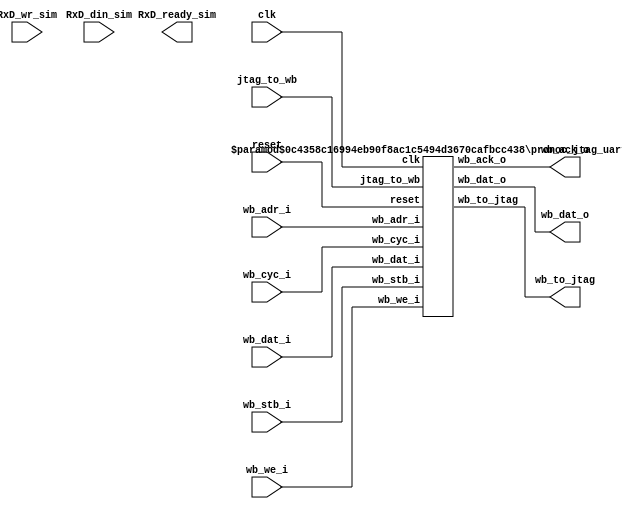
/**************************************
* Module: pronoc_jtag_uart
*
* Description: 
***************************************/


// synthesis translate_off
`timescale 1ns / 1ps
// synthesis translate_on



module  pronoc_jtag_uart #(
    //wb parameter 
    parameter Aw           =   1,
    parameter SELw         =   4,
    parameter TAGw         =   3,
    parameter Dw           =   32,
    //uart parameter    
    parameter BUFF_Aw      =   6,//max is 16
    //uart simulator param 
    parameter SIM_BUFFER_SIZE=100,
    parameter SIM_WAIT_COUNT    =10000,
    //jtag parameter
    parameter JTAG_CONNECT= "XILINX_JTAG_WB",//"ALTERA_JTAG_WB" ,"XILINX_JTAG_WB"  
    parameter JTAG_INDEX= 126,
    parameter JDw = 32,
    parameter JAw=32,
    parameter JINDEXw=8,
    parameter JSTATUSw=8,
    parameter J2WBw = (JTAG_CONNECT== "XILINX_JTAG_WB") ? 1+1+JDw+JAw : 1,
    parameter WB2Jw= (JTAG_CONNECT== "XILINX_JTAG_WB") ? 1+JSTATUSw+JINDEXw+1+JDw  : 1

)(
 //wb
  clk,
  reset,
 // wb_irq,
  wb_dat_o,
  wb_ack_o,
  wb_adr_i,
  wb_stb_i,
  wb_cyc_i,
  wb_we_i,
  wb_dat_i,  
  
  //jtag 
  wb_to_jtag,
  jtag_to_wb,
  
  //rx interface for simulation
  RxD_din_sim,
  RxD_wr_sim,
  RxD_ready_sim 
  
);
    
    //wb
    input            clk;
    input            reset;
  //  output           wb_irq;
    output  [ Dw-1: 0] wb_dat_o;
    output           wb_ack_o;
    input            wb_adr_i;
    input            wb_stb_i;
    input            wb_cyc_i;
    input            wb_we_i;
    input   [ Dw-1: 0] wb_dat_i;
   
  
    //jtag
    output [WB2Jw-1  : 0] wb_to_jtag;
    input  [J2WBw-1 : 0] jtag_to_wb; 
    
    input [7:0 ] RxD_din_sim;
    input RxD_wr_sim;
    output RxD_ready_sim;
    

`ifdef MODEL_TECH 
    `define RUN_SIM
`endif
`ifdef VERILATOR
    `define RUN_SIM
`endif

    
`ifdef  RUN_SIM

    altera_uart_simulator #(
        .BUFFER_SIZE(SIM_BUFFER_SIZE),  
        .WAIT_COUNT(SIM_WAIT_COUNT)    
    )
    Suart
    (
        .reset(reset),
        .clk(clk),
        .s_dat_i(wb_dat_i),
        .s_sel_i(4'b1111),
        .s_addr_i(wb_adr_i),  
        .s_cti_i( ),
        .s_stb_i(wb_stb_i),
        .s_cyc_i(wb_cyc_i),
        .s_we_i(wb_we_i),    
        .s_dat_o(wb_dat_o),
        .s_ack_o(wb_ack_o),
        .RxD_din(RxD_din_sim),
        .RxD_wr(RxD_wr_sim),
        .RxD_ready(RxD_ready_sim)
    );


`else 
    pronoc_jtag_uart_hw #(
    	.Aw(Aw),
    	.SELw(SELw),
    	.TAGw(TAGw),
    	.Dw(Dw),
    	.BUFF_Aw(BUFF_Aw),
    	.JTAG_CONNECT(JTAG_CONNECT),
    	.JTAG_INDEX(JTAG_INDEX),
    	.JDw(JDw),
    	.JAw(JAw),
    	.JINDEXw(JINDEXw),
    	.JSTATUSw(JSTATUSw),
    	.J2WBw(J2WBw),
    	.WB2Jw(WB2Jw)
    )
    uart_hw
    (
    	.clk(clk),
    	.reset(reset),
    	.wb_dat_o(wb_dat_o),
    	.wb_ack_o(wb_ack_o),
    	.wb_adr_i(wb_adr_i),
    	.wb_stb_i(wb_stb_i),
    	.wb_cyc_i(wb_cyc_i),
    	.wb_we_i(wb_we_i),
    	.wb_dat_i(wb_dat_i),
    	.wb_to_jtag(wb_to_jtag),
    	.jtag_to_wb(jtag_to_wb)
    );

`endif


endmodule








module  pronoc_jtag_uart_hw #(
    //wb parameter 
    parameter Aw           =   1,
    parameter SELw         =   4,
    parameter TAGw         =   3,
    parameter Dw           =   32,
    //uart parameter    
    parameter BUFF_Aw      =   6,//max is 16
    //jtag parameter
    parameter JTAG_CONNECT= "XILINX_JTAG_WB",//"ALTERA_JTAG_WB" ,"XILINX_JTAG_WB"  
    parameter JTAG_INDEX= 126,
    parameter JDw = 32,
    parameter JAw=32,
    parameter JINDEXw=8,
    parameter JSTATUSw=8,
    parameter J2WBw = (JTAG_CONNECT== "XILINX_JTAG_WB") ? 1+1+JDw+JAw : 1,
    parameter WB2Jw= (JTAG_CONNECT== "XILINX_JTAG_WB") ? 1+JSTATUSw+JINDEXw+1+JDw  : 1

)(
 //wb
  clk,
  reset,
 // wb_irq,
  wb_dat_o,
  wb_ack_o,
  wb_adr_i,
  wb_stb_i,
  wb_cyc_i,
  wb_we_i,
  wb_dat_i,  
  
  //jtag 
  wb_to_jtag,
  jtag_to_wb
  

);

    function integer log2;
      input integer number; begin   
         log2=(number <=1) ? 1: 0;    
         while(2**log2<number) begin    
            log2=log2+1;    
         end       
      end   
    endfunction // log2 
    
    
     //wb interface
    localparam 
        DATA_REG = 1'b0,            
        CONTROL_REG  = 1'b1 ,  
        CONTROL_WSPACE_MSK = 32'hFFFF0000,
        DATA_RVALID_MSK = 32'h00008000,
        DATA_DATA_MSK = 32'h000000FF,
        B = 2 ** (BUFF_Aw-1),
        B_1 = B-1,
        Bw = log2(B),
        DEPTHw=log2(B+1);
       
        
    localparam  [Bw-1   :   0] Bint =   B_1[Bw-1    :   0];
    
    //wb
    input            clk;
    input            reset;
  //  output           wb_irq;
    output  reg[ Dw-1: 0] wb_dat_o;
    output    reg       wb_ack_o;
    input            wb_adr_i;
    input            wb_stb_i;
    input            wb_cyc_i;
    input            wb_we_i;
    input   [ Dw-1: 0] wb_dat_i;
   
  
    //jtag
    output [WB2Jw-1  : 0] wb_to_jtag;
    input  [J2WBw-1 : 0] jtag_to_wb; 

     //control reg 
    wire [31 : 0] ctrl_reg;
    reg  [15 : 0] wspace;    // The number of spaces available in the write FIFO.
    reg  [15 : 0] jtag_wspace;    // The number of spaces available in the jtag write FIFO.
     
    assign ctrl_reg [31 :16] = wspace;

    wire [7:0]  w2j_fifo_dat_i,j2w_fifo_dat_o,j2w_fifo_dat_i,w2j_fifo_dat_o;
   
      
    //wb_wr_jtag_rd
 
    reg w2j_fifo_wr_en,w2j_fifo_rd_en;
    wire w2j_fifo_full, w2j_fifo_nearly_full, w2j_fifo_empty;
    
    //jtag_wr_wb_rd
   
    reg j2w_fifo_wr_en,j2w_fifo_rd_en;
    wire j2w_fifo_full, j2w_fifo_nearly_full, j2w_fifo_empty;

    
   
    
    
    wire [JSTATUSw-1 : 0] jtag_status_o;
    wire [JINDEXw-1 : 0] jtag_index_o;
    wire jtag_stb_i,jtag_we_i;
    wire [JDw-1 : 0] jtag_dat_i;
    wire [JDw-1 : 0] jtag_dat_o;
    wire [JAw-1 : 0] jtag_addr_i;    
    reg jtag_ack_o; 
    reg wb_rdat_valid;
 
   
    reg wb_ack_o_next,jtag_ack_o_next;

    localparam 
        IDEAL=2'b01,
        WAIT =2'b10,
        ST_NUM=2;
        
    reg [ST_NUM-1:0] ps,ns;    

    always @ (*) begin
        wb_ack_o_next =1'b0;
        w2j_fifo_wr_en =1'b0;
        j2w_fifo_rd_en=1'b0;
        wb_dat_o[7:0]=j2w_fifo_dat_o;
        wb_dat_o[15] = wb_rdat_valid;
        wb_dat_o[14:8] = ctrl_reg[14:8];
        wb_dat_o[31:16] = ctrl_reg[31:16];
        ns=ps;
        case(ps)
        IDEAL :begin 
             
            if(wb_stb_i & wb_we_i ) begin             
                    case(wb_adr_i)
                    DATA_REG:begin
                        if(~w2j_fifo_full)begin 
                            w2j_fifo_wr_en=1'b1;
                            wb_ack_o_next =1'b1;
                            ns =WAIT;
                        end             
                    end
                    CONTROL_REG:begin                
                        // set the bits of control reg. //TODO add intrrupt control registers
                        wb_ack_o_next =1'b1;
                        ns =WAIT;
                    end
                    endcase
            end //sa_stb_i && sa_we_i
            if(wb_stb_i & ~wb_we_i ) begin 
                    case(wb_adr_i)
                    DATA_REG:begin
                        wb_dat_o[7:0]=j2w_fifo_dat_o;
                        wb_dat_o[15] = wb_rdat_valid;
                        wb_ack_o_next =1'b1;
                        ns =WAIT;
                        if(~j2w_fifo_empty)begin
                            j2w_fifo_rd_en=1'b1;                                            
                        end                
                    end
                    CONTROL_REG:begin                
                        // read control reg
                         wb_dat_o = ctrl_reg;
                         wb_ack_o_next =1'b1;
                         ns =WAIT;
                    end
                    endcase
            end
    end//IDEAL
    WAIT:begin // wait until stb deasserted
         if(~wb_stb_i) ns =IDEAL; 
         // wb_ack_o_next =1'b1;
    end
    endcase
        
    end//always
    
    reg j2w_fifo_wr_en_next;
  
    reg stb1,stb2;
    wire jtag_stb_valid = stb1 & ~stb2;// fix jtag clock diffrence
  
    always @(*) begin
        j2w_fifo_wr_en_next=1'b0;
        jtag_ack_o_next =1'b0;
        w2j_fifo_rd_en=1'b0;
        if(jtag_stb_valid) begin 
             w2j_fifo_rd_en=1'b1;
             jtag_ack_o_next =1'b1;       
             if( ~j2w_fifo_full && j2w_fifo_dat_i[7:0]!=0) j2w_fifo_wr_en_next=1'b1;//make one cycle delay for wr enable
        end 
	
    end
    
   
   
`ifdef SYNC_RESET_MODE 
    always @ (posedge clk )begin 
`else 
    always @ (posedge clk or posedge reset)begin 
`endif  
        if (reset) begin 
            wb_ack_o<=1'b0;
            jtag_ack_o<=1'b0;
            j2w_fifo_wr_en<=1'b0;
            stb1<=1'b0;
            stb2<=1'b0;
            ps<=IDEAL;
            wb_rdat_valid<=1'b0;
          
        end else begin
            wb_ack_o<= wb_ack_o_next;
            jtag_ack_o<=jtag_ack_o_next;
            j2w_fifo_wr_en<=j2w_fifo_wr_en_next;
            stb1<=jtag_stb_i;
            stb2<=stb1;   
            ps<=ns;
          
            
            if(~j2w_fifo_empty) wb_rdat_valid<=1'b1;
            else if(wb_ack_o ) wb_rdat_valid<=1'b0;           
            
        end
    end
    
    
    assign jtag_dat_o[23 : 0] = {jtag_wspace,w2j_fifo_dat_o};
    assign w2j_fifo_dat_i = wb_dat_i [7:0];  
    assign jtag_status_o=0;
    assign jtag_index_o = JTAG_INDEX; 
    assign j2w_fifo_dat_i = jtag_dat_i[7:0]; 
   
   

    wire  [BUFF_Aw -1      :   0] w2j_fifo_depth, j2w_fifo_depth;
    wire  [BUFF_Aw -1      :   0] remain = B- w2j_fifo_depth; 
    wire  [BUFF_Aw -1      :   0] jtag_remain = B- j2w_fifo_depth; 
    always @(*)begin 
        wspace = 16'd0;
        jtag_wspace=16'd0;
        wspace[BUFF_Aw-1 : 0] = remain;
        jtag_wspace[BUFF_Aw-1 : 0] = jtag_remain;
    end    
    
    
    
    
    uart_fifo #(
    	.Dw(8),
    	.B(B)
    )
    wb_to_jtag_fifo
    (
    	.din(w2j_fifo_dat_i),
    	.wr_en(w2j_fifo_wr_en),
    	.rd_en(w2j_fifo_rd_en),
    	.dout(w2j_fifo_dat_o),
    	.full(w2j_fifo_full),
    	.nearly_full(w2j_fifo_nearly_full),
    	.empty(w2j_fifo_empty),
    	.depth(w2j_fifo_depth),
    	.reset(reset),
    	.clk(clk)
    );
    
    
    uart_fifo #(
        .Dw(8),
        .B(B)
    )
    jtag_to_wb_fifo
    (
        .din(j2w_fifo_dat_i),
        .wr_en(j2w_fifo_wr_en),
        .rd_en(j2w_fifo_rd_en),
        .dout(j2w_fifo_dat_o),
        .full(j2w_fifo_full),
        .nearly_full(j2w_fifo_nearly_full),
        .depth(j2w_fifo_depth),
        .empty(j2w_fifo_empty),
        .reset(reset),
        .clk(clk)
    );
    
   
   
   generate  
   if(JTAG_CONNECT == "XILINX_JTAG_WB")begin: xilinx_jwb 
        assign wb_to_jtag = {jtag_status_o,jtag_ack_o,jtag_dat_o,jtag_index_o,clk};
        assign {jtag_addr_i,jtag_stb_i,jtag_we_i,jtag_dat_i} = jtag_to_wb;
   end else  if(JTAG_CONNECT == "ALTERA_JTAG_WB")begin: altera_jwb 
   
        vjtag_wb #(
            .VJTAG_INDEX(JTAG_INDEX),
            .DW(JDw),
            .AW(JAw),
            .SW(JSTATUSw),
        
            //wishbone port parameters
            .M_Aw(Aw),
            .TAGw(TAGw)
        )
        vjtag_inst
        (
            .clk(clk),
            .reset(reset),  
            .status_i(jtag_status_o), 
             //wishbone master interface signals
            .m_sel_o(),
            .m_dat_o(jtag_dat_i),
            .m_addr_o(jtag_addr_i),
            .m_cti_o(),
            .m_stb_o(jtag_stb_i),
            .m_cyc_o(),
            .m_we_o(jtag_we_i),
            .m_dat_i(jtag_dat_o),
            .m_ack_i(jtag_ack_o)     
        
        );
   
   
        assign wb_to_jtag[0] = clk;
   end
   endgenerate 
    
   
  
   


endmodule







//If rd_en is asserted while fifo is empty, the dout will be zero. In this condition the rd pointer and fifo depth do not change 
module uart_fifo  #( 
    parameter Dw = 72,//data_width
    parameter B  = 10// buffer num
)(
    din,   
    wr_en, 
    rd_en, 
    dout,  
    depth,
    full,
    nearly_full,
    empty,
    reset,
    clk
);

 
    function integer log2;
      input integer number; begin   
         log2=(number <=1) ? 1: 0;    
         while(2**log2<number) begin    
            log2=log2+1;    
         end       
      end   
    endfunction // log2 

    localparam  B_1 = B-1,
                Bw = log2(B),
                DEPTHw=log2(B+1);
    localparam  [Bw-1   :   0] Bint =   B_1[Bw-1    :   0];

    input [Dw-1:0] din;     // Data in
    input          wr_en;   // Write enable
    input          rd_en;   // Read the next word

    output reg [Dw-1:0]  dout;    // Data out
    output         full;
    output         nearly_full;
    output         empty;

    input          reset;
    input          clk;



reg [Dw-1       :   0] queue [B-1 : 0] /* synthesis ramstyle = "no_rw_check" */;
reg [Bw- 1      :   0] rd_ptr;
reg [Bw- 1      :   0] wr_ptr;
output reg [DEPTHw-1   :   0] depth;

wire rd_valid = rd_en & ~empty;

// Sample the data
always @(posedge clk)
begin
   if (wr_en)
      queue[wr_ptr] <= din;
   if (rd_en)
      dout <= (empty)? {Dw{1'b0}} :   queue[rd_ptr];
end

always @(posedge clk)
begin
   if (reset) begin
      rd_ptr <= {Bw{1'b0}};
      wr_ptr <= {Bw{1'b0}};
      depth  <= {DEPTHw{1'b0}};
   end
   else begin
      if (wr_en) wr_ptr <= (wr_ptr==Bint)? {Bw{1'b0}} : wr_ptr + 1'b1;
      if (rd_valid) rd_ptr <= (rd_ptr==Bint)? {Bw{1'b0}} : rd_ptr + 1'b1;
      if (wr_en & ~rd_valid) depth <=
//synthesis translate_off
//synopsys  translate_off
                   #1
//synopsys  translate_on
//synthesis translate_on  
                   depth + 1'b1;
      else if (~wr_en & rd_valid) depth <=
//synthesis translate_off
//synopsys  translate_off
                   #1
//synopsys  translate_on
//synthesis translate_on  
                   depth - 1'b1;
   end
end

//assign dout = queue[rd_ptr];
assign full = depth == B;
assign nearly_full = depth >= B-1;
assign empty = depth == {DEPTHw{1'b0}};

//synthesis translate_off
//synopsys  translate_off
always @(posedge clk)
begin
    if(~reset)begin
       if (wr_en && depth == B && !rd_valid)
          $display(" %t: ERROR: Attempt to write to full FIFO: %m",$time);
       if (rd_valid && depth == {DEPTHw{1'b0}})
          $display("%t: ERROR: Attempt to read an empty FIFO: %m",$time);
    end//~reset
end


  
    integer i;
    initial begin 
       for (i=0; i<B;i=i+1 ) queue[i] ="*";
    end

 


//synopsys  translate_on
//synthesis translate_on

endmodule // fifo